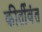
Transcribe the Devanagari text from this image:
कीर्तीवंत